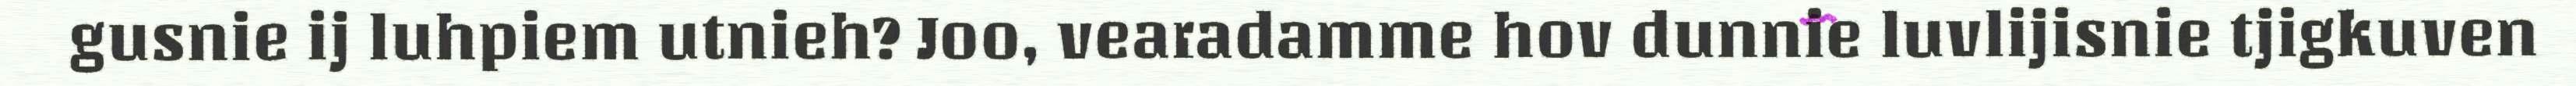
gusnie ij luhpiem utnieh? Joo, vearadamme hov dunnie luvlijisnie tjigkuven